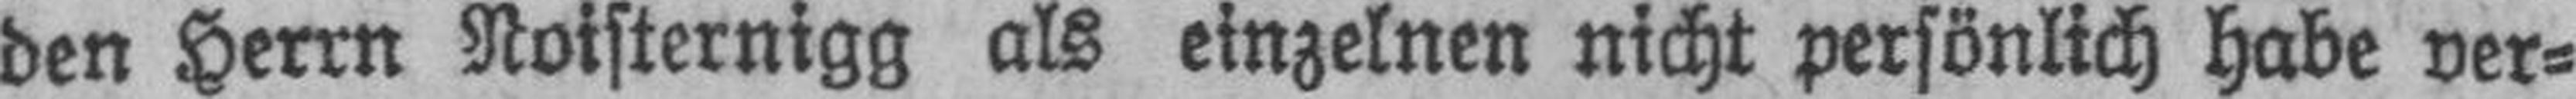
den Herrn Noisternigg als einzelnen nicht persönlich habe ver¬